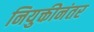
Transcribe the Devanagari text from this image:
नियुक्तीनंतर